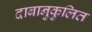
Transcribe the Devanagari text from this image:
दाबानुकुलित